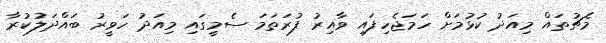
މެޗުތައް މިއަދު ކުޅުމަށް ހަމަޖެހިފައި ވާއިރު ފުރަތަމަ ސެމީގައި މިއަދު ހަވީރު ބައްދަލުކުރާ